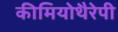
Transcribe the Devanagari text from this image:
कीमियोथैरेपी